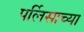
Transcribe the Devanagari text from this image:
पर्लिसाच्या